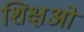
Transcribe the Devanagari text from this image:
शिक्षओं